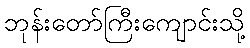
ဘုန်းတော်ကြီးကျောင်းသို့